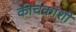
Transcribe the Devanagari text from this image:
कीचकाशी